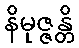
နိမုဇ္ဇန္တိ